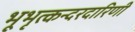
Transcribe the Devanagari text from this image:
भूभृत्कन्दरदारिणी